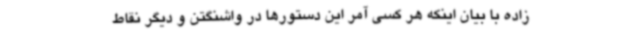
زاده با بیان اینکه هر کسی آمر این دستورها در واشنگتن و دیگر نقاط